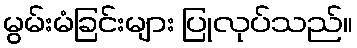
မွမ်းမံခြင်းများ ပြုလုပ်သည်။